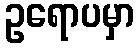
ဥရောပမှာ